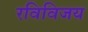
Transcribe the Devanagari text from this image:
रविविजय